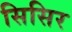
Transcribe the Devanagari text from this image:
सिसिर